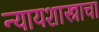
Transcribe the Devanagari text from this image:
न्यायशास्त्राचा